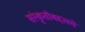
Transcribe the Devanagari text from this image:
संस्कृतीबद्दलचे